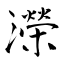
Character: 濚